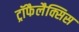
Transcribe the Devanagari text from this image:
ट्रॉफैलैक्सिस